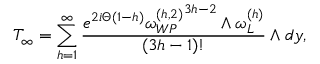
{ \cal T } _ { \infty } = \sum _ { h = 1 } ^ { \infty } { \frac { e ^ { 2 i \Theta ( 1 - h ) } { \omega _ { W P } ^ { ( h , 2 ) } } ^ { 3 h - 2 } \wedge \omega _ { L } ^ { ( h ) } } { ( 3 h - 1 ) ! } } \wedge d y ,